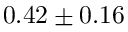
0 . 4 2 \pm 0 . 1 6